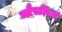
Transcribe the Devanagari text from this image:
ब्लैस्टीडर्म